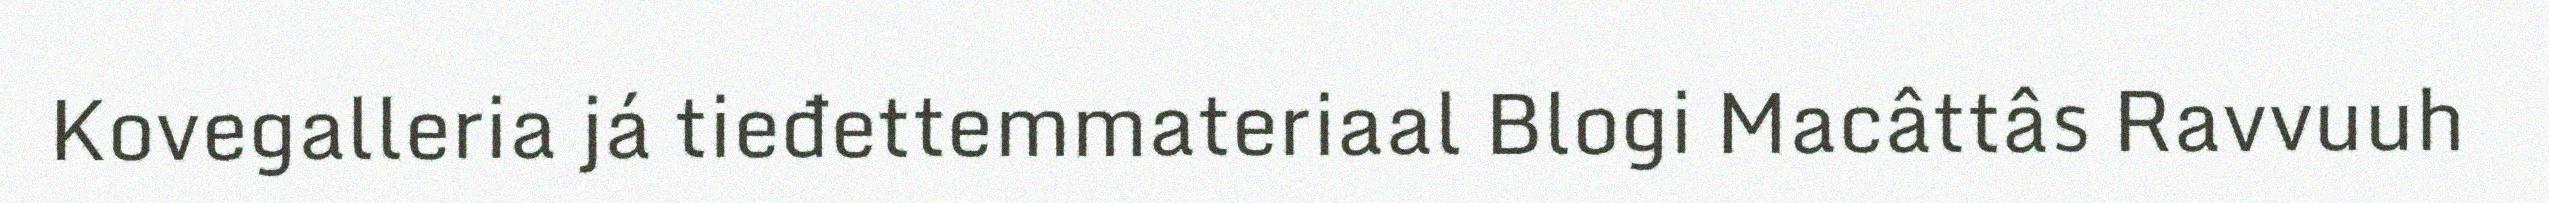
Kovegalleria já tieđettemmateriaal Blogi Macâttâs Ravvuuh